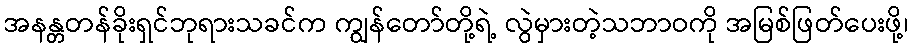
အနန္တတန်ခိုးရှင်ဘုရားသခင်က ကျွန်တော်တို့ရဲ့ လွဲမှားတဲ့သဘာဝကို အမြစ်ဖြတ်ပေးဖို့၊